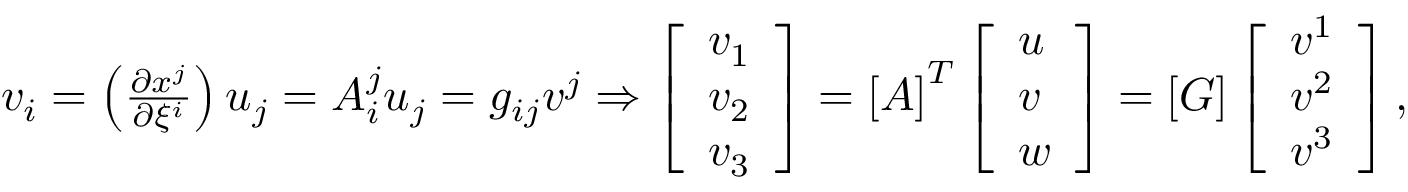
\begin{array} { r } { v _ { i } = \left( \frac { \partial x ^ { j } } { \partial \xi ^ { i } } \right) u _ { j } = A _ { i } ^ { j } u _ { j } = g _ { i j } v ^ { j } \Rightarrow \left[ \begin{array} { l } { v _ { 1 } } \\ { v _ { 2 } } \\ { v _ { 3 } } \end{array} \right] = \left[ \boldsymbol { A } \right] ^ { T } \left[ \begin{array} { l } { u } \\ { v } \\ { w } \end{array} \right] = \left[ \boldsymbol { G } \right] \left[ \begin{array} { l } { v ^ { 1 } } \\ { v ^ { 2 } } \\ { v ^ { 3 } } \end{array} \right] , } \end{array}